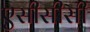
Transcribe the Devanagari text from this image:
एसीसीसी